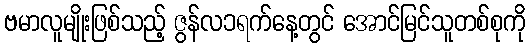
ဗမာလူမျိုးဖြစ်သည့် ဇွန်လ၁ရက်နေ့တွင် အောင်မြင်သူတစ်စုကို